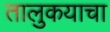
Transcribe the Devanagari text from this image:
तालुकयाचा